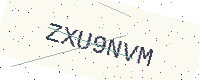
Text: ZXU9NVM